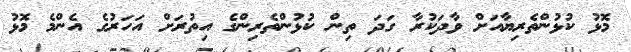
މޮޅު ކުޅުންތެރިޔާއަށް ވާދަކުރާ ގަދަ ތިން ކުޅުންތެރިންގެ އިތުރަށް އަހަރުގެ އެންމެ މޮޅު